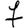
Digit: 7